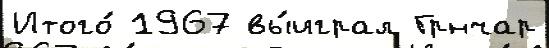
Итого́ 1967 вы́играл Грнчар